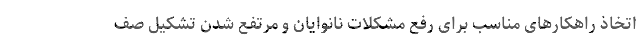
اتخاذ راهکارهای مناسب برای رفع مشکلات نانوایان و مرتفع شدن تشکیل صف